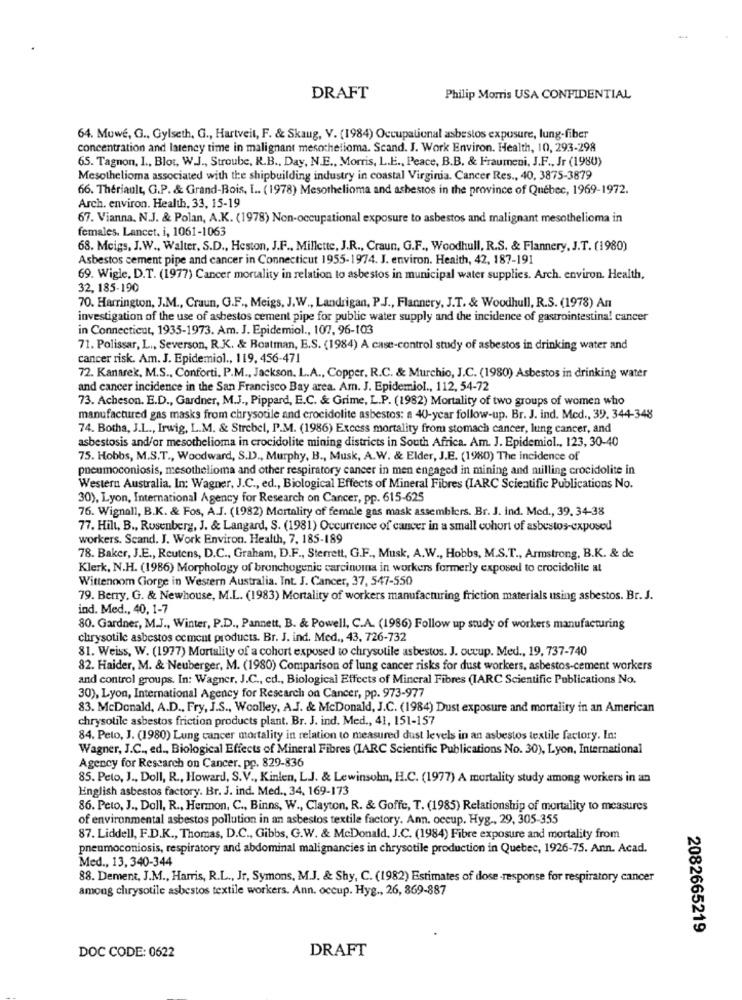
DRAFT
Philip Morris USA CONFIDENTIAL
64. Muwe, G ., Gylseth, G ., Hartveit, F. & Skaug, V. (1984) Occupational asbestos exposure, lung-fiber
concentration and latency time in malignant mesothelioma. Scand. J. Work Environ. Health, 10, 293-298
65. Tagnon, I ., Blot, W.J ., Stroube, R.B ., Day, N.E ., Morris, L.E ., Peace, B.B. & Fraumeni, J.F ., Jr (1980)
Mesothelioma associated with the shipbuilding industry in coastal Virginia. Cancer Res ., 40, 3875-3879
66. Theriault, G.P. & Grand-Bois, I .. (1978) Mesothelioma and ashestos in the province of Quebec, 1969-1972.
Arch. environ. Health, 33, 15-19
67. Vianna, N.J. & Polan, A.K. (1978) Non-occupational exposure to asbestos and malignant mesothelioma in
females. Lancet, i, 1061-1063
68. Meigs, J.W ., Walter, S.D ., Heston, J.F ., Millette, J.R ., Craun, G.F ., Woodhull, R.S. & Flannery, J.T. (1980)
Asbestos cement pipe and cancer in Connecticut 1955-1974. J. environ. Health, 42, 187-191
69. Wigle, D.T. (1977) Cancer mortality in relation to asbestos in municipal water supplies. Arch. environ. Health,
32, 185-190
70. Harrington, J.M ., Craun, G.F ., Meigs, J.W ., Landrigan, P.J ., Flannery, J.T. & Woodhull, R.S. (1978) An
investigation of the use of asbestos cement pipe for public water supply and the incidence of gastrointestinal cancer
in Connecticut, 1935-1973. Am. J. Epidemiol ., 107, 96-103
71. Polissar, L ., Severson, R.K. & Roatman, E.S. (1984) A case-control study of asbestos in drinking water and
cancer risk. Am. J. Epidemiol ., 119, 456-47
72. Kanarek, M.S ., Conforti. P.M ., Jackson. L.A ., Copper, R.C. & Murchio, J.C. (1980) Asbestos in drinking water
and cancer incidence in the San Francisco Bay area. Am. J. Epidemiol ., 112, 54-72
73. Acheson. E.D ., Gardner, M.J ., Pippard, E.C. & Grime, L.P. (1982) Mortality of two groups of women who
manufactured gas masks from chrysotile and crocidolite asbestos: a 40-year follow-up. Br. J. ind. Med ., 39. 344-348
74. Botha, J.L ., Irwig, L.M. & Strebel, P.M. (1986) Excess mortality from stomach cancer, lung cancer, and
asbestosis and/or mesothelioma in crocidolite mining districts in South Africa. Am. J. Epidemiol ., 123, 30-40
75. Hobbs, M.S.T ., Woodward, S.D ., Murphy, B ., Musk, A.W. & Elder, J.E. (1980) The incidence of
pneumoconiosis, mesothelioma and other respiratory cancer in men engaged in mining and milling crocidolite in
Western Australia. In: Wagner, J.C ., ed ., Biological Effects of Mineral Fibres (IARC Scientific Publications No.
30), Lyon, International Agency for Research on Cancer, pp. 615-625
76. Wignall, B.K. & Fos, A.J. (1982) Mortality of female gas mask assemblers. Br. J. ind. Med ., 39. 34-38
77. Hill, B ., Rosenberg, J. & Langard, S. (1981) Occurrence of cancer in a small cohort of asbestos-exposed
workers. Scand. J. Work Environ. Health, 7, 185-189
78. Baker, J.E ., Reutens, D.C ., Graham, D.F ., Sterrett, G.F ., Musk, A.W ., Hobbs, M.S.T ., Armstrong, B.K. & de
Klerk, N.H. (1986) Morphology of bronchogenic carcinoma in workers formerly exposed to crocidolite at
Wittenoom Gorge in Western Australia. Int. J. Cancer, 37, 547-550
79. Berry, G. & Newhouse, M.L. (1983) Mortality of workers manufacturing friction materials using asbestos. Br. J.
ind. Med ., 40, 1-7
80. Gardner, M.J ., Winter, P.D ., Pannett, B. & Powell, C.A. (1986) Follow up study of workers manufacturing
chrysotile asbestos cement products. Br. J. ind. Med ., 43, 726-732
81. Weiss, W. (1977) Mortality of a cohort exposed to chrysotile asbestos. J. occup. Med ., 19, 737-740
82. Haider, M. & Neuberger, M. (1980) Comparison of lung cancer risks for dust workers, asbestos-cement workers
and control groups. In: Wagner, J.C ., ed ., Biological Effects of Mineral Fibres (IARC Scientific Publications No.
30), Lyon, International Agency for Research on Cancer, pp. 973-977
83. McDonald, A.D ., Fry, J.S ., Woolley, A.J. & McDonald, J.C. (1984) Dust exposure and mortality in an American
chrysotile asbestos friction products plant. Br. J. ind. Med ., 41, 151-157
84. Pelo, J. (1980) Lung cancer mortality in relation to measured dust levels in an asbestos textile factory. In:
Wagner, J.C ., ed ., Biological Effects of Mineral Fibres (IARC Scientific Publications No. 30), Lyon, International
Agency for Research on Cancer. pp. 829-836
85. Peto, J ., Doll, R ., Howard, S.V ., Kinlen, L.J. & Lewinsohn, H.C. (1977) A mortality study among workers in an
English asbestos factory. Br. J. ind. Med ., 34, 169-173
86. Peto, J ., Dall, R ., Hermon, C ., Binns, W ., Clayton, R. & Goffe, T. (1985) Relationship of mortality to measures
of environmental asbestos pollution in an asbestos textile factory. Ann. occup. Hyg ., 29, 305-355
87. Liddell, F.D.K ., Thomas, D.C ., Gibbs, G.W. & McDonald. J.C. (1984) Fibre exposure and mortality from
pneumoconiosis, respiratory and abdominal malignancies in chrysotile production in Quebec, 1926-75. Ann. Acad.
Med ., 13, 340-344
88. Dement, J.M ., Harris, R.L ., Jr, Symons, M.J. & Shy, C. (1982) Estimates of dose-response for respiratory cancer
among chrysotile asbestos textile workers. Ann. occup. Hyg ., 26, 869-887
2082665219
DOC CODE: 0622
DRAFT